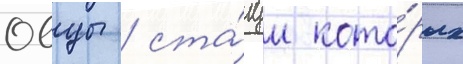
Овцы / ста́туи кото́рых